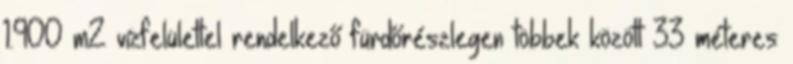
1.900 m2 vízfelülettel rendelkező fürdőrészlegen többek között 33 méteres